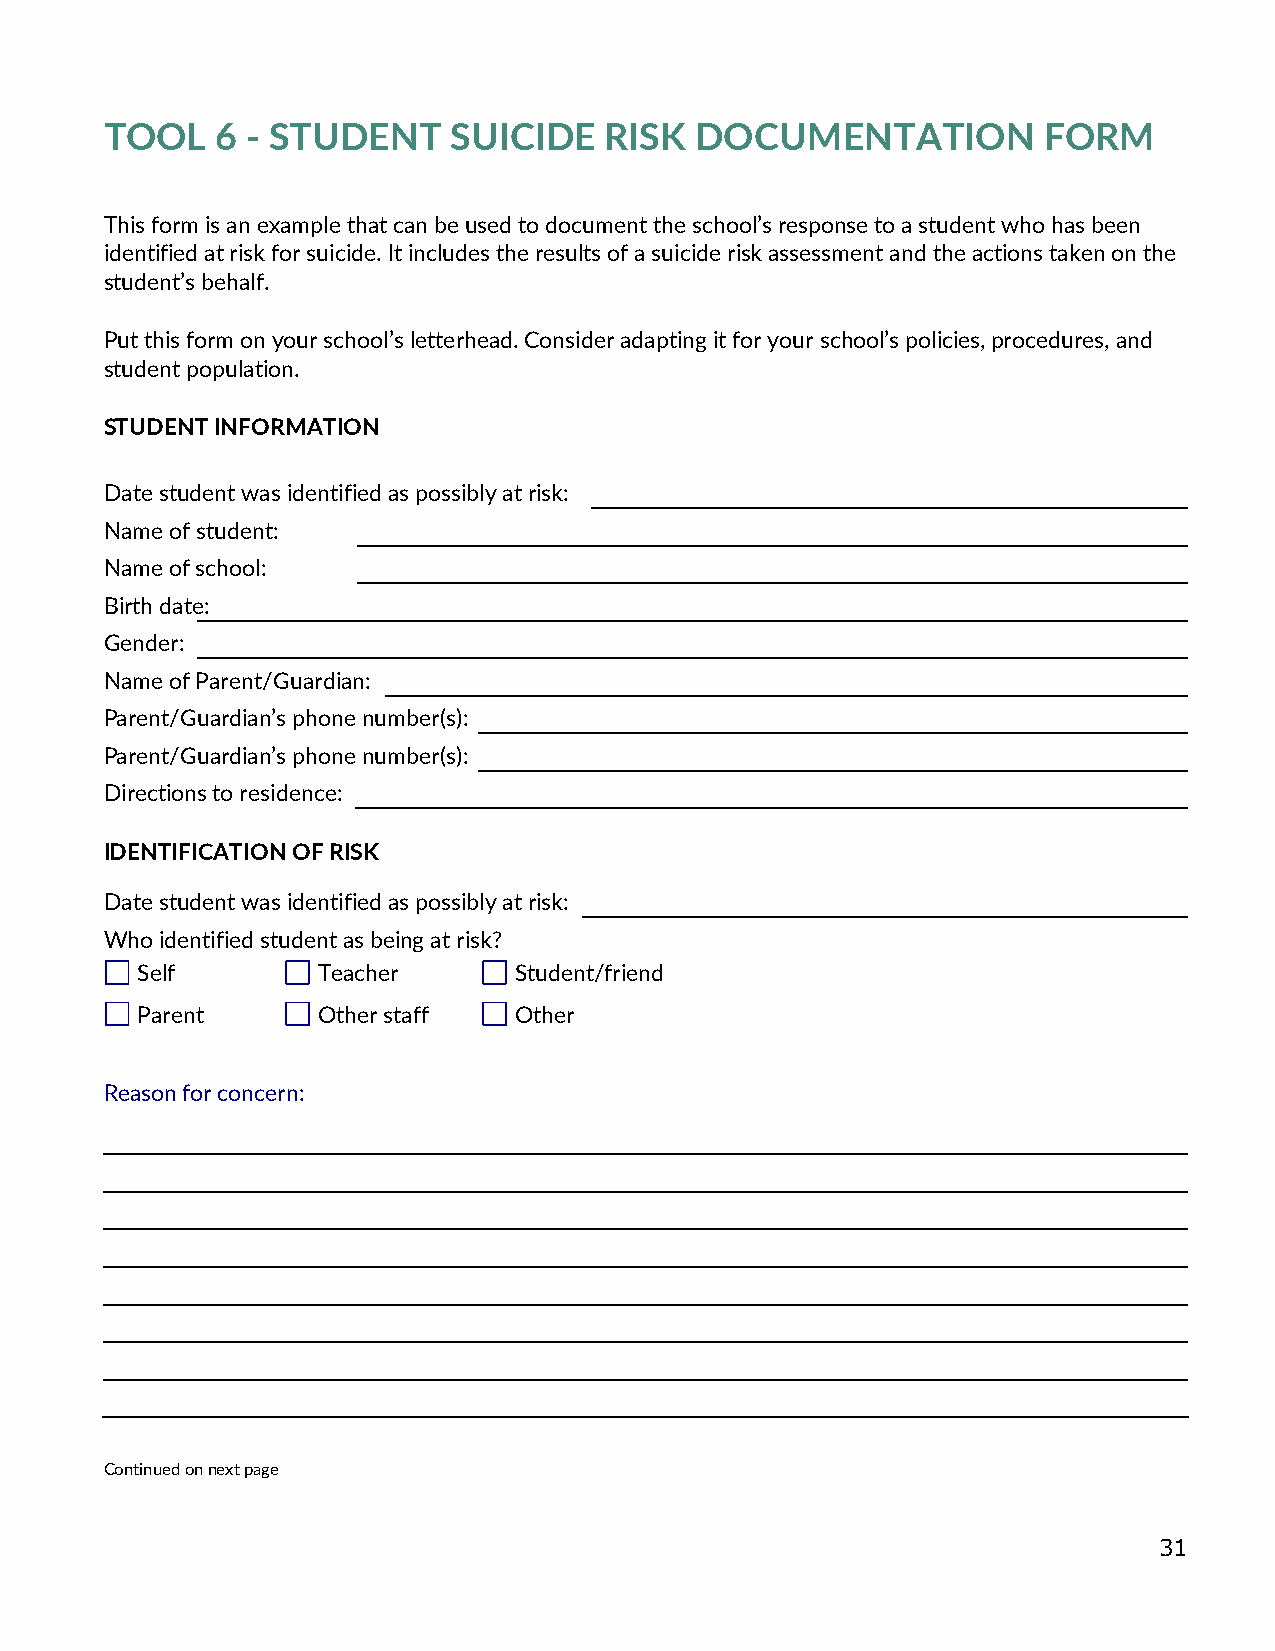
TOOL   6 - STUDENT     SUICIDE   RISK  DOCUMENTATION          FORM
 This form is an example that can be used to document the school’s response to a student who has been
 identified at risk for suicide. It includes the results of a suicide risk assessment and the actions taken on the
 student’s behalf.
 Put this form on your school’s letterhead. Consider adapting it for your school’s policies, procedures, and
 student population.
 STUDENT INFORMATION
 Date student was identified as possibly at risk:
 Name of student:
 Name of school:
 Birth date:
 Gender:
 Name of Parent/Guardian:
 Parent/Guardian’s phone number(s):
 Parent/Guardian’s phone number(s):
 Directions to residence:
 IDENTIFICATION OF RISK
 Date student was identified as possibly at risk:
 Who identified student as being at risk?
 Self        Teacher      Student/friend
 Parent      Other staff  Other
 Reason for concern:
 Continued on next page
 31